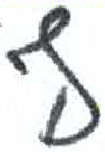
אות: ף